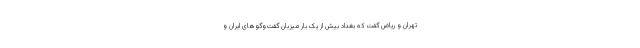
تهران و ریاض گفت که بغداد بیش از یک بار میزبان گفت‌وگوهای ایران و